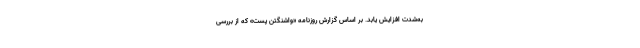
به‌شدت افزایش یابد. بر اساس گزارش روزنامه «واشنگتن پست» که از بررسی